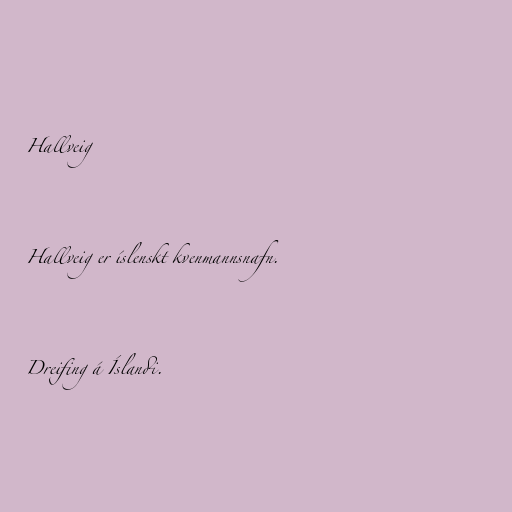
Hallveig

Hallveig er íslenskt kvenmannsnafn.

Dreifing á Íslandi.